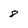
Character: 8